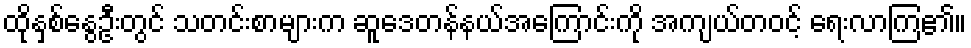
ထိုနှစ်နွေဦးတွင် သတင်းစာများက ဆူဒေတန်နယ်အကြောင်းကို အကျယ်တဝင့် ရေးလာကြ၏။